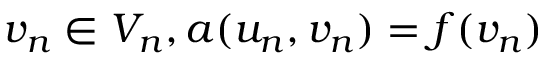
v _ { n } \in V _ { n } , a ( u _ { n } , v _ { n } ) = f ( v _ { n } )